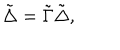
\tilde { \Delta } = \tilde { \Gamma } \tilde { \Delta } ,